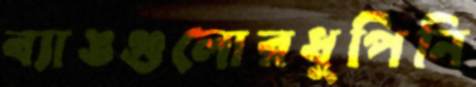
ব্যাঙগুলোরধুপিনি